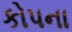
કોપના